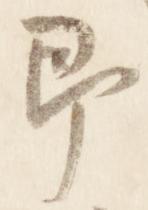
即